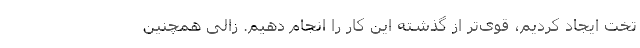
تخت ایجاد کردیم، قوی‌تر از گذشته این کار را انجام دهیم. زالی همچنین